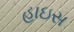
હાઇસ